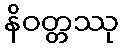
နိဝတ္တဿု